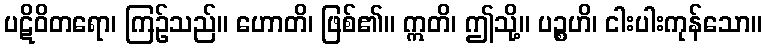
ပဋိဝိတရော၊ ကြဉ်သည်။ ဟောတိ၊ ဖြစ်၏။ ဣတိ၊ ဤသို့။ ပဉ္စဟိ၊ ငါးပါးကုန်သော။